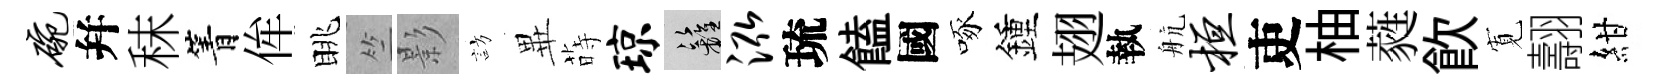
碗幷秣箐侔眺竺影訪𭺾蒔琼籬泓琉饁國啄鍾翅執航桓吏柚蕤飲𡩖翿紺